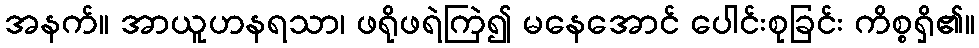
အနက်။ အာယူဟနရသာ၊ ဖရိုဖရဲကြဲ၍ မနေအောင် ပေါင်းစုခြင်း ကိစ္စရှိ၏။